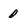
Character: O